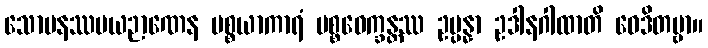
သောမနဿမယဉာဏေန ပစ္စယာကာရံ ပစ္စဝေက္ခန္တဿ ဥပ္ပန္နာ ဥဒါနဂါထာတိ ဝေဒိတဗ္ဗာ။